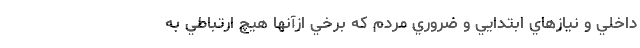
داخلي و نيازهاي ابتدايي و ضروري مردم كه برخي ازآنها هيچ ارتباطي به